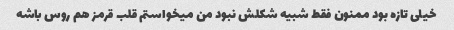
خیلى تازه بود ممنون فقط شبیه شکلش نبود من میخواستم قلب قرمز هم روس باشه